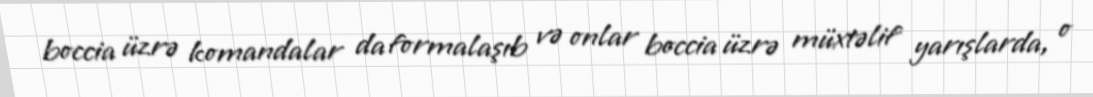
boccia üzrə komandalar da formalaşıb və onlar boccia üzrə müxtəlif yarışlarda, o